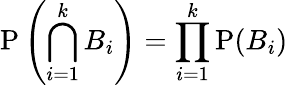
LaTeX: \mathrm{P}\left(\bigcap_{i=1}^{k}B_{i}\right)=\prod_{i=1}^{k}\mathrm{P}(B_{i})